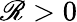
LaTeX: \mathscr{R}>0